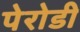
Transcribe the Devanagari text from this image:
पेरोडी